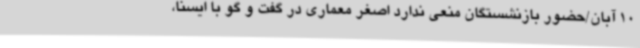
10 آبان/حضور بازنشستگان منعی ندارد اصغر معماری در گفت و گو با ایسنا،